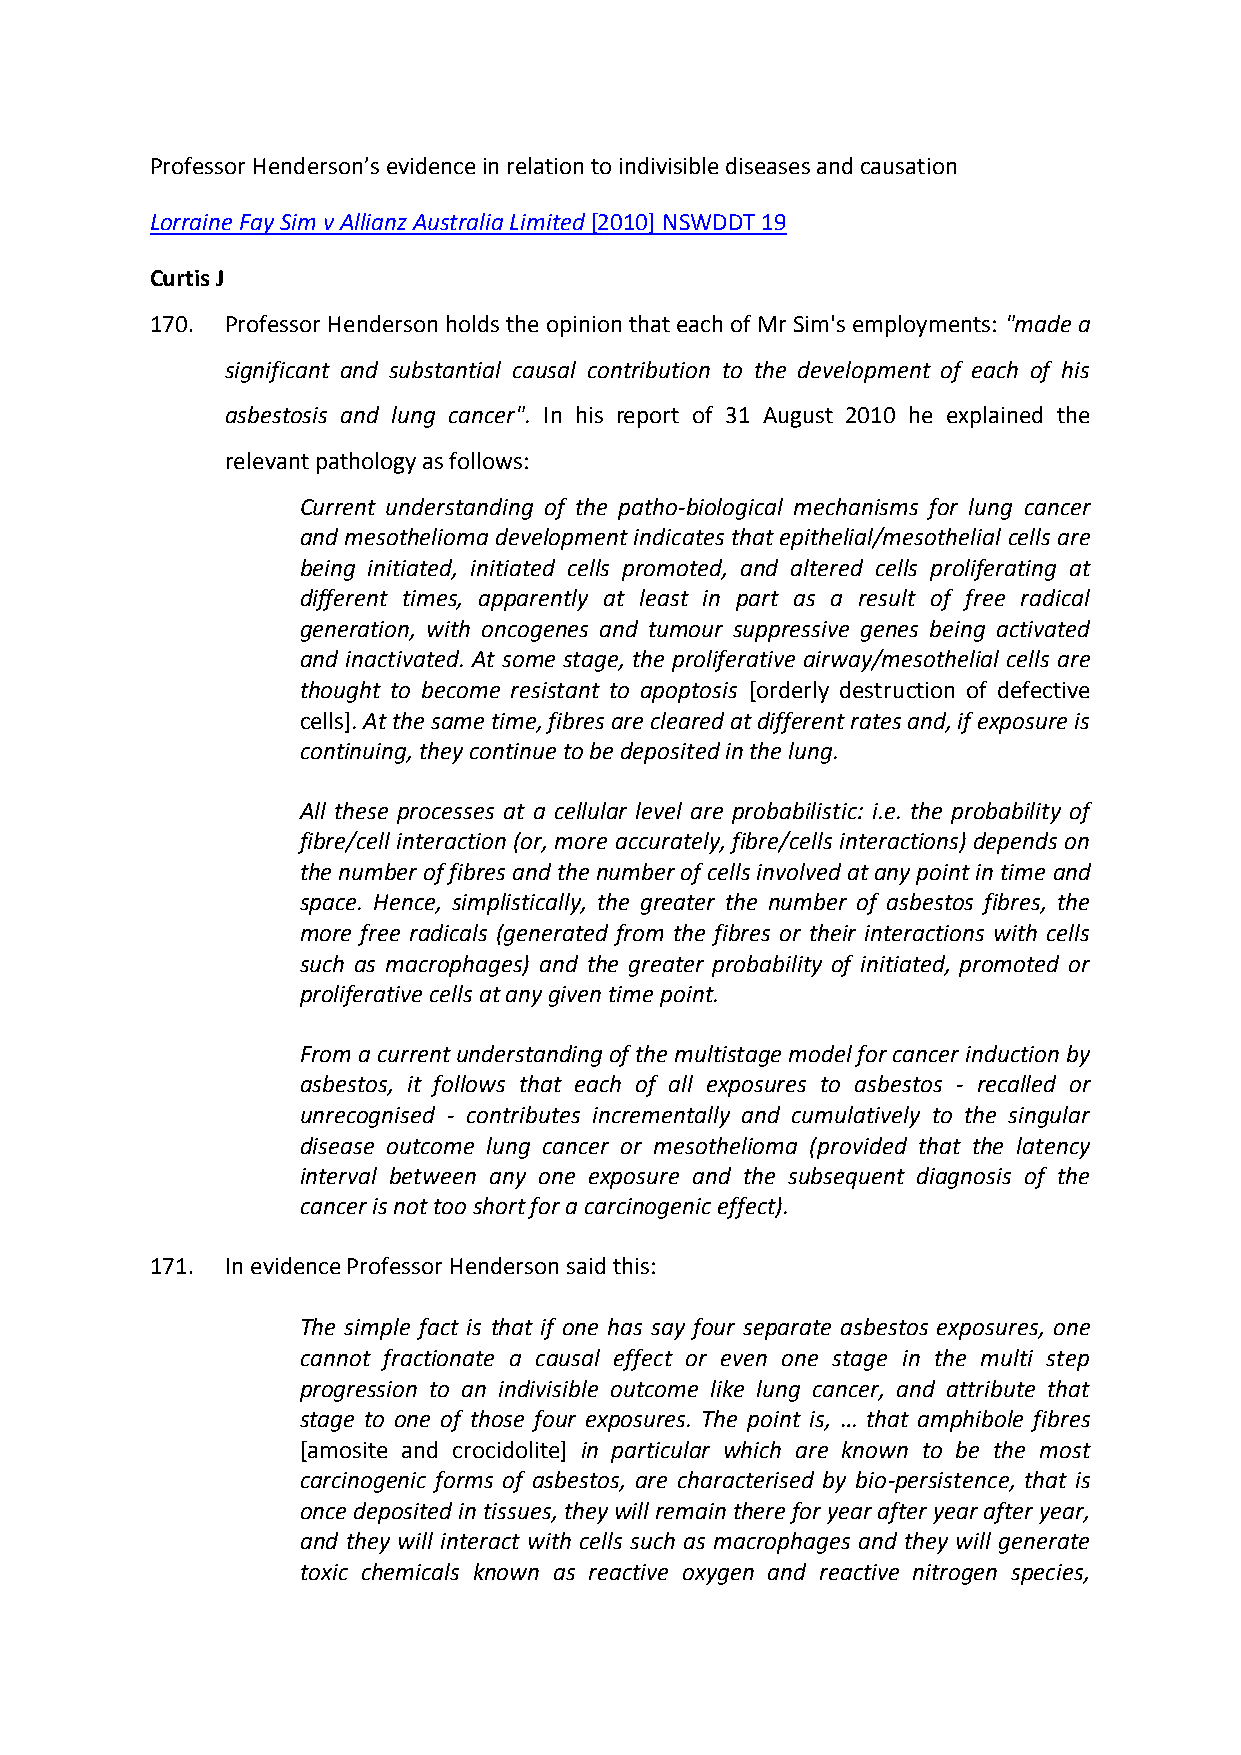
Professor Henderson’s evidence in relation to indivisible diseases and causation
 Lorraine Fay Sim v Allianz Australia Limited [2010] NSWDDT 19
 Curtis J
 170. Professor Henderson holds the opinion that each of Mr Sim's employments: "made a
 significant and substantial causal contribution to the development of each of his
 asbestosis and lung cancer". In his report of 31 August 2010 he explained the
 relevant pathology as follows:
 Current understanding of the patho-biological mechanisms for lung cancer
 and mesothelioma development indicates that epithelial/mesothelial cells are
 being initiated, initiated cells promoted, and altered cells proliferating at
 different times, apparently at least in part as a result of free radical
 generation, with oncogenes and tumour suppressive genes being activated
 and inactivated. At some stage, the proliferative airway/mesothelial cells are
 thought to become resistant to apoptosis [orderly destruction of defective
 cells]. At the same time, fibres are cleared at different rates and, if exposure is
 continuing, they continue to be deposited in the lung.
 All these processes at a cellular level are probabilistic: i.e. the probability of
 fibre/cell interaction (or, more accurately, fibre/cells interactions) depends on
 the number of fibres and the number of cells involved at any point in time and
 space. Hence, simplistically, the greater the number of asbestos fibres, the
 more free radicals (generated from the fibres or their interactions with cells
 such as macrophages) and the greater probability of initiated, promoted or
 proliferative cells at any given time point.
 From a current understanding of the multistage model for cancer induction by
 asbestos, it follows that each of all exposures to asbestos - recalled or
 unrecognised - contributes incrementally and cumulatively to the singular
 disease outcome lung cancer or mesothelioma (provided that the latency
 interval between any one exposure and the subsequent diagnosis of the
 cancer is not too short for a carcinogenic effect).
 171. In evidence Professor Henderson said this:
 The simple fact is that if one has say four separate asbestos exposures, one
 cannot fractionate a causal effect or even one stage in the multi step
 progression to an indivisible outcome like lung cancer, and attribute that
 stage to one of those four exposures. The point is, … that amphibole fibres
 [amosite and crocidolite] in particular which are known to be the most
 carcinogenic forms of asbestos, are characterised by bio-persistence, that is
 once deposited in tissues, they will remain there for year after year after year,
 and they will interact with cells such as macrophages and they will generate
 toxic chemicals known as reactive oxygen and reactive nitrogen species,